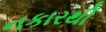
નકારથી